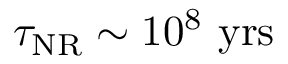
\tau _ { \mathrm { N R } } \sim 1 0 ^ { 8 } ~ \mathrm { y r s }